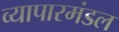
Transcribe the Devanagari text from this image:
व्यापारमंडल